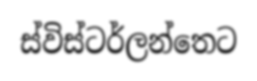
ස්විස්ටර්ලන්තෙට